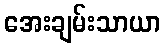
အေးချမ်းသာယာ